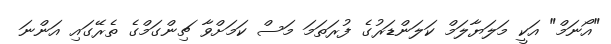
"އޯނަމް" އަކީ މަލަޔާލަމް ކަލަންޑަރުގެ ފުރަތަމަ މަސް ކަމަށްވާ ޗިންގަމްގެ ތެރޭގައި އަންނަ